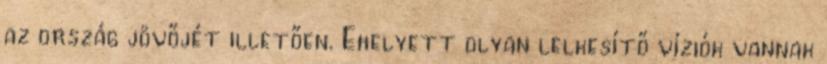
az ország jövőjét illetően. Ehelyett olyan lelkesítő víziók vannak